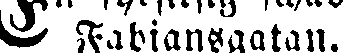
Fabiansgatan.